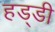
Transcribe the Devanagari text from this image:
हड्‍डी